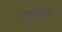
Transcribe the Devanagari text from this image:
उज्फालुसी